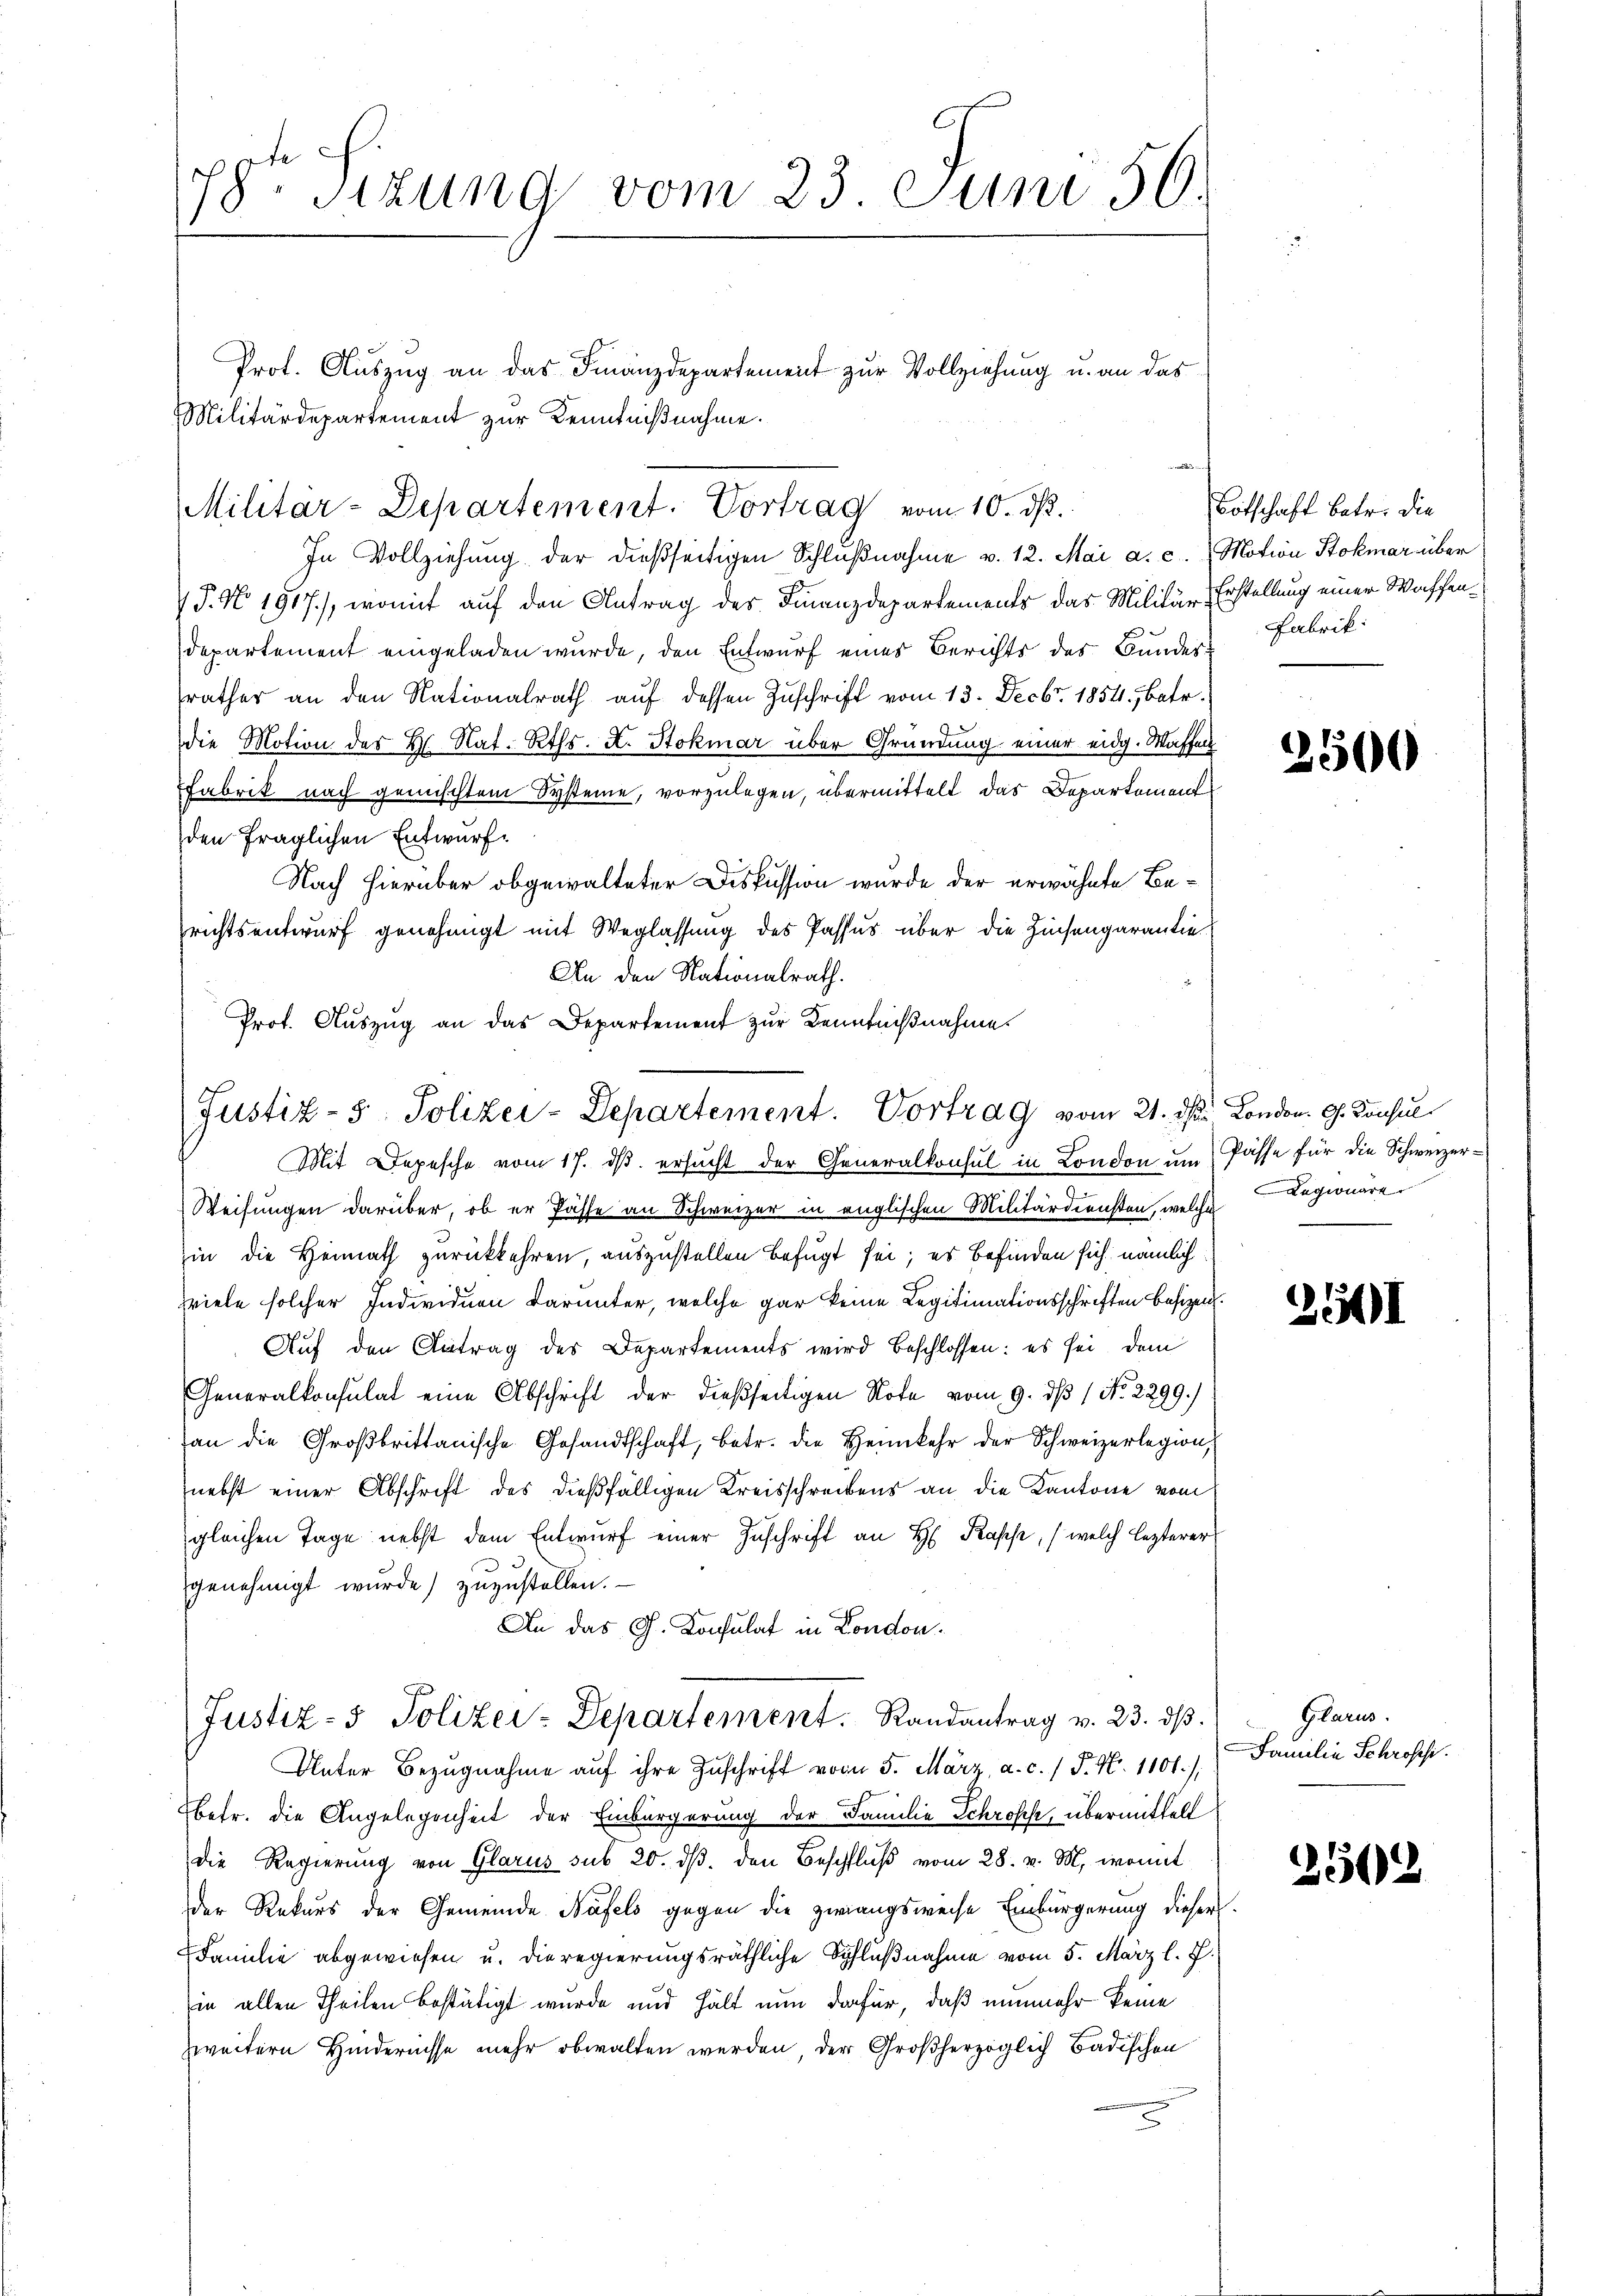
78t Sizung vom 23. Juni 56.

Prot. Auszug an das Finanzdepartement zur Vollziehung u. an das
Militärdepartement zur Kenntnißnahme.

In Vollziehung der dießseitigen Schlŭβnahme v. 12. Mai a. c. Motion Stokmar über
 P. No. 1917), womit auf den Antrag des Finanzdepartements das Militär-Erstellung einer Waffen¬
Departement eingeladen wurde, den Entwurf eines Berichts des Bundesrathes an den Nationalrath auf dessen Zuschrift vom 13. Decbr. 1854, betr.
die Motion der H. Nat. Rths. H. Stokmar über Gründung einer eidg. Waffen
Fabrik nach gemischtem Systeme, vorzulegen, übermittelt das Departement
den fraglichen Entwurf.
Nach hierüber obgewalteter Diskussion wurde der erwähnte Berichtsentwurf genehmigt mit Weglassung des Passus über die Zinsengarantie¬
An den Nationalrath.
Prot. Auszug an das Departement zur Kenntnißnahme

Militar-Departement. Vortrag vom 10. ds.

Justiz- 5. Polizei-Departement. Vortrag vom 21. ds. London. G. Tonsul
Mit Depesche vom 17. dβ ersucht der Generalkonsul in London um Pässe für die Schweizer¬

Weisungen darüber, ob er Pässe an Schweizer in englischen Militärdiensten, welche Legionärer
in die Heimath zurückkehren, auszustellen befugt sei; es befinden sich nämlich
hviele solcher Individuen darunter, welche gar keine Legitimationsschriften besizen.
Auf den Antrag des Departements wird beschlossen: es sei, dem
Generalkonsulat eine Abschrift der dießseitigen Note vom 9. dß 1 No. 2299.)
an die Großbrittanische Gesandtschaft, betr. die Heimkehr der Schweizerlegion,
nebst einer Abschrift des dießfälligen Kreisschreibens an die Kantone vom
gleichen Tage nebst dem Entwŭrf einer Zuschrift an H. Kasse, (welch lezterer
genehmigt wurde) zuzustellen.
An das G. Konsulat in London.
Justiz- & Polizei-Departement. Randantrag v. 23. dβ.
Unter Bezŭgnahme aŭf ihre Zuschrift vom 5. März a. c. / P. N. 1101.)
Ebetr. die Angelegenheit der Einbürgerung der Familie Schroffe, übermittelt
die Regierŭng von Glarus sub 20. dβ. den Beschlŭβ vom 28. v. M., womit
der Rekurs der Gemeinde Näfels gegen die zwangsweise Einbürgerung dieser
Familie abgewiesen u. die regierungsräthliche Schlußnahme vom 5. März l. J.
in allen Theilen bestätigt wurde und hält nun dafür, daß nunmehr keine
zweitern Hindernisse mehr obwalten werden der Großherzoglich Badischen

Botschaft betr. die
Fabrik:

2500

2441

Glarus.
Familie Schroffi

2502